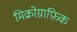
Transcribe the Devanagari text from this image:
मिक्रोग्राफ़िक